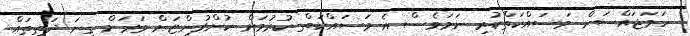
ހަމަޖައްސަން މަސައްކަތްކުރި ނަމަވެސް އެ މަސައްކަތް ކުރުމަށް ކުންފުންޏަށް ވަރަށް ގިނަ ދަތިތައް